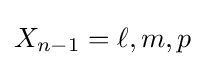
X_{n-1}=\ell ,m,p